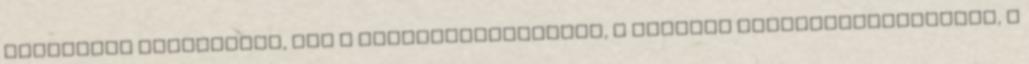
egyeztető fórumokkal, így a nevelőtestülettel, a szakmai munkaközösségekkel, a